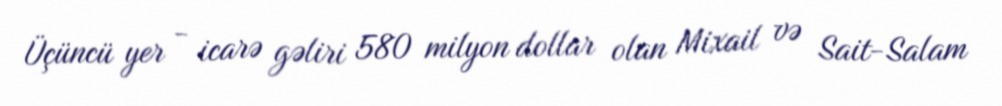
Üçüncü yer - icarə gəliri 580 milyon dollar olan Mixail və Sait-Salam